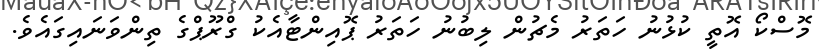
މޮސްކޯ އޮތީ ކުޅުނު ހަތަރު މެޗުން ލިބުނު ހަތަރު ޕޮއިންޓާއެކު ގްރޫޕްގެ ތިންވަނައިގައެވެ.